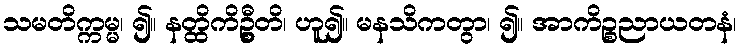
သမတိက္ကမ္မ၊ ၍။ နတ္ထိကိဦ္စတိ၊ ဟူ၍။ မနသိကတွာ၊ ၍။ အာကိဉ္စညာယတနံ၊